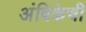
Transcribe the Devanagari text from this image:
अंबिकेची